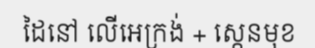
ដៃនៅ លើអេក្រង់ + ស្កេនមុខ